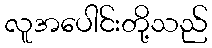
လူအပေါင်းတို့သည်